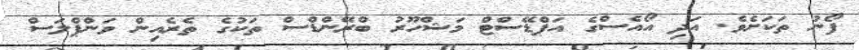
ފޯނު ތަކަށެވެ. އަދި އޯއެސްގެ އަޕްޑޭސްޓް މަޝްހޫރު ބްރޭންޑްސް ތަކުގެ ތެރެއިން ވަންޕްލަސް